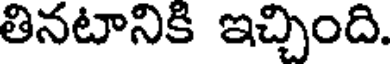
తినటానికి ఇచ్చింది.